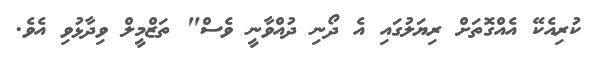
ކުރިއެކޭ އެއްގޮތަށް ރިޔަލުގައި އެ ދޯނި ދުއްވާނީ ވެސް" ތަޒްމީލް ވިދާޅުވި އެވެ.